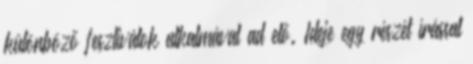
különböző fesztiválok alkalmával ad elő. Ideje egy részét írással